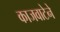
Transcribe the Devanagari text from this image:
काजवाटेने